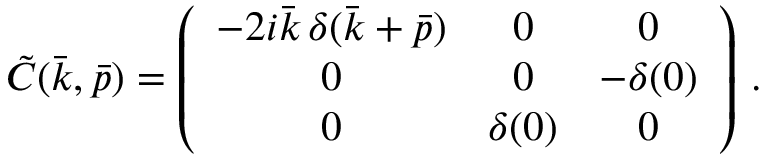
\tilde { C } ( \bar { k } , \bar { p } ) = \left( \begin{array} { c c c } { { - 2 i \bar { k } \, \delta ( \bar { k } + \bar { p } ) } } & { { 0 } } & { { 0 } } \\ { { 0 } } & { { 0 } } & { { - \delta ( 0 ) } } \\ { { 0 } } & { { \delta ( 0 ) } } & { { 0 } } \end{array} \right) \, .